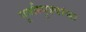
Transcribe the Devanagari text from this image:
पूर्वास्पृश्यांचा